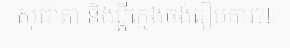
សុជាតា និងប្តីក្មេងចង់រៀបការ?!!